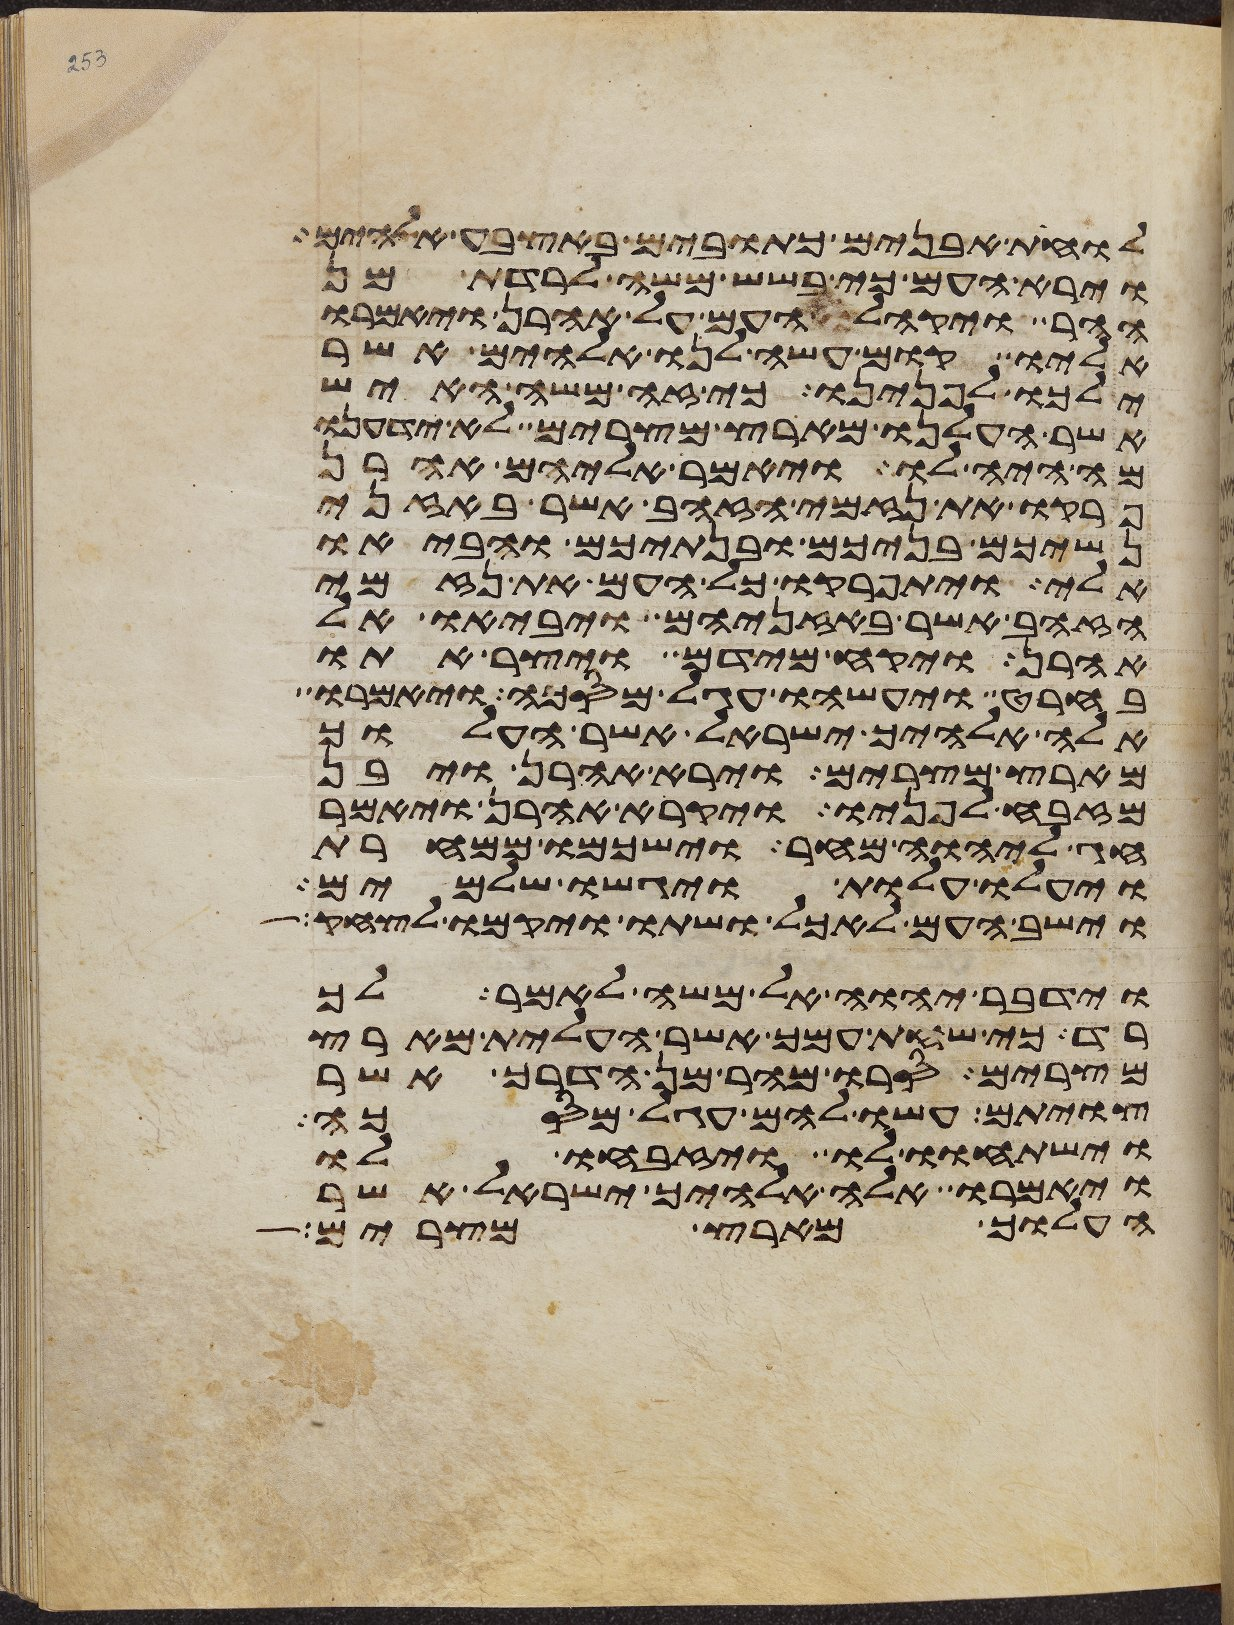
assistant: לוחת אבנים כתובים באצבע אלהים
וירא העם כי בשש משה לרדת מן
ההר ויקהל העם על אהרן ויאמרו
אליו קום עשה לנו אלהים אשר
ילכו לפנינו כי זה משה האיש
אשר העלנו מארץ מצרים לא ידענו
מה היה לו ויאמר אליהם אהרן
פרקו את נזמי הזהב אשר באזני
נשיכם בניכם ובנתיכם והביאו
אלי ויתפרקו כל העם את נזמי
הזהב אשר באזניהם ויביאו אל
אהרן ויקח מידם ויצר אתו
בחרט ויעשהו עגל מסכה ויאמרו
אלה אלהיך ישראל אשר העלוך
מארץ מצרים וירא אהרן ויבן
מזבח לפניו ויקרא אהרן ויאמר
חג ליהוה מחר וישכמו ממחרת
ויעלו עלות ויגישו שלמים
וישב העם לאכל ושתו ויקמו לצחק
וידבר יהוה אל משה לאמר לך
רד כי שחת עמך אשר העלית מארץ
מצרים סרו מהר מן הדרך אשר
צויתם עשו להם עגל מסכה
וישתחוו לו ויזבחו לו
ויאמרו אלה אלהיך ישראל אשר
העלוך מארץ מצרים